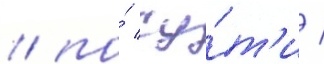
/ по́ су́т'и /